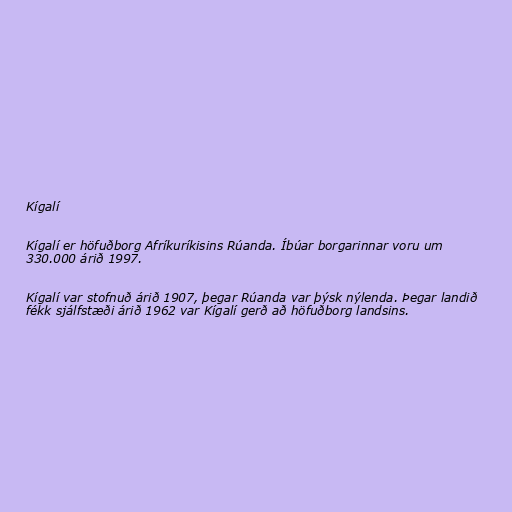
Kígalí

Kígalí er höfuðborg Afríkuríkisins Rúanda. Íbúar borgarinnar voru um
330.000 árið 1997.

Kígalí var stofnuð árið 1907, þegar Rúanda var þýsk nýlenda. Þegar landið
fékk sjálfstæði árið 1962 var Kígalí gerð að höfuðborg landsins.